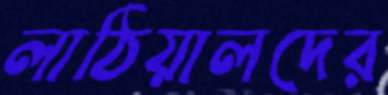
লাঠিয়ালদের